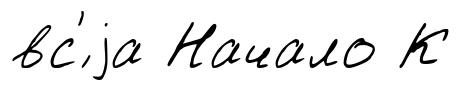
вс'́ jа Начало К